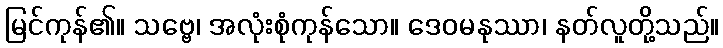
မြင်ကုန်၏။ သဗ္ဗေ၊ အလုံးစုံကုန်သော။ ဒေဝမနုဿာ၊ နတ်လူတို့သည်။